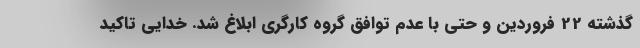
گذشته 22 فروردین و حتی با عدم توافق گروه کارگری ابلاغ شد. خدایی تاکید